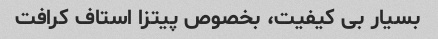
بسیار بی کیفیت، بخصوص پیتزا استاف کرافت